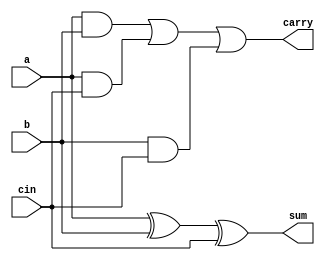
`timescale 1ns / 1ps
//////////////////////////////////////////////////////////////////////////////////
// Company: 
// Engineer: 
// 
// Design Name: 
// Module Name: fulladd
// Project Name: 
// Target Devices: 
// Tool Versions: 
// Description: 
// 
// Dependencies: 
// 
// Revision:
// Revision 0.01 - File Created
// Additional Comments:
// 
//////////////////////////////////////////////////////////////////////////////////


module fulladd(
    input a,
    input b,
    input cin,
    output sum,
    output carry
    );
    assign #2 sum=a^b^cin;
    assign #5 carry=(a&b)|(a&cin)|(b&cin);
endmodule